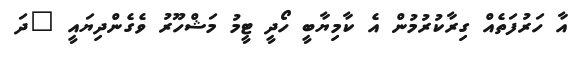
އާ ހަރުފަތެއް ގިރާކުރުމުން އެ ކާމިޔާބީ ހޯދީ ޓީމު މަޝްހޫރު ވެގެންދިޔައީ "ދަ